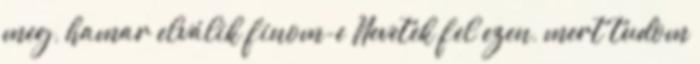
meg, hamar elválik finom-e Nevetek fel ezen, mert tudom